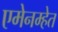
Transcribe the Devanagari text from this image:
एमेनम्हेत